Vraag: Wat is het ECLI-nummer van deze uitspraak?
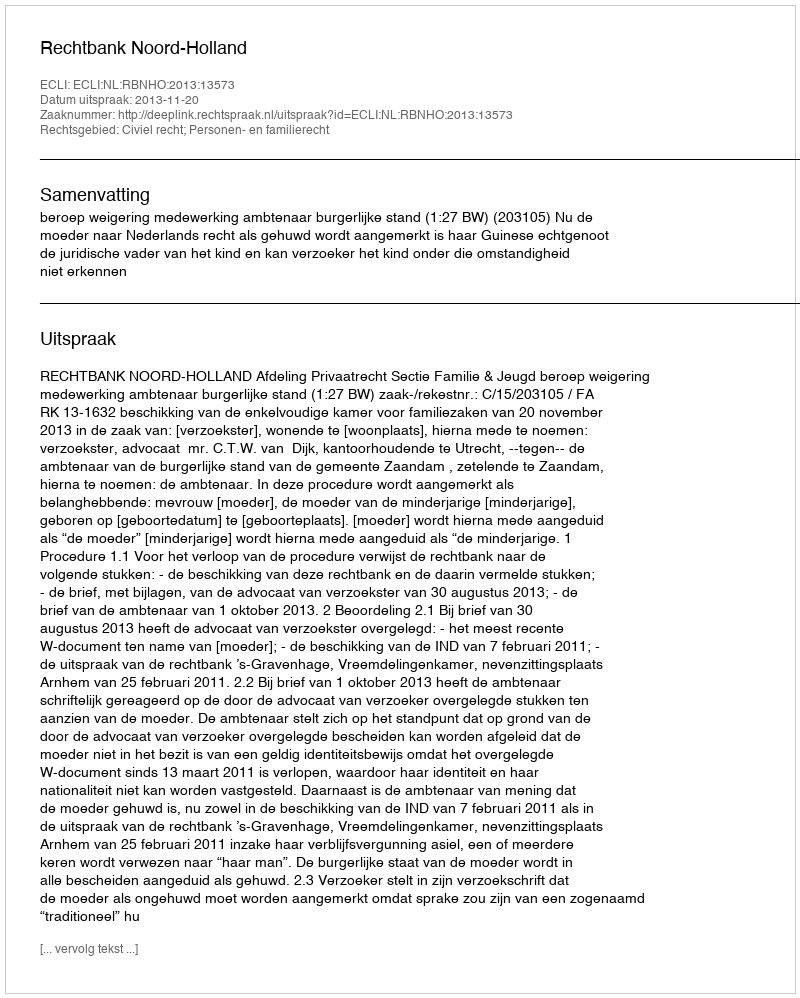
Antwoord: ECLI:NL:RBNHO:2013:13573